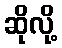
ဆိုလို့